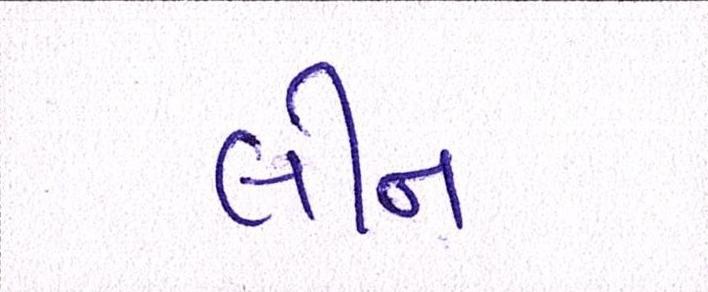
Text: લીન